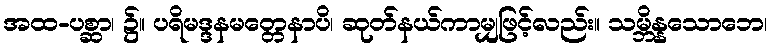
အထ-ပစ္ဆာ၊ ၌။ ပရိမဒ္ဒနမတ္တေနာပိ၊ ဆုတ်နယ်ကာမျှဖြင့်လည်း။ သမ္ဘိန္နသောဘေ၊